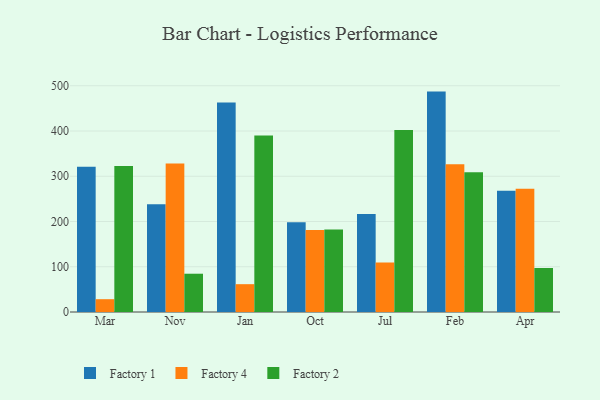
{"axis": {"x": "Month", "y": "Active Users"}, "legend": ["Factory 1", "Factory 2", "Factory 4"], "data": [{"x": "Mar", "y": 321.0, "type": "Factory 1"}, {"x": "Mar", "y": 28.3, "type": "Factory 4"}, {"x": "Mar", "y": 322.5, "type": "Factory 2"}, {"x": "Nov", "y": 238.1, "type": "Factory 1"}, {"x": "Nov", "y": 328.3, "type": "Factory 4"}, {"x": "Nov", "y": 84.6, "type": "Factory 2"}, {"x": "Jan", "y": 463.0, "type": "Factory 1"}, {"x": "Jan", "y": 61.5, "type": "Factory 4"}, {"x": "Jan", "y": 390.2, "type": "Factory 2"}, {"x": "Oct", "y": 198.2, "type": "Factory 1"}, {"x": "Oct", "y": 181.1, "type": "Factory 4"}, {"x": "Oct", "y": 182.1, "type": "Factory 2"}, {"x": "Jul", "y": 216.7, "type": "Factory 1"}, {"x": "Jul", "y": 109.4, "type": "Factory 4"}, {"x": "Jul", "y": 402.5, "type": "Factory 2"}, {"x": "Feb", "y": 487.1, "type": "Factory 1"}, {"x": "Feb", "y": 326.7, "type": "Factory 4"}, {"x": "Feb", "y": 308.9, "type": "Factory 2"}, {"x": "Apr", "y": 268.2, "type": "Factory 1"}, {"x": "Apr", "y": 272.6, "type": "Factory 4"}, {"x": "Apr", "y": 97.2, "type": "Factory 2"}]}